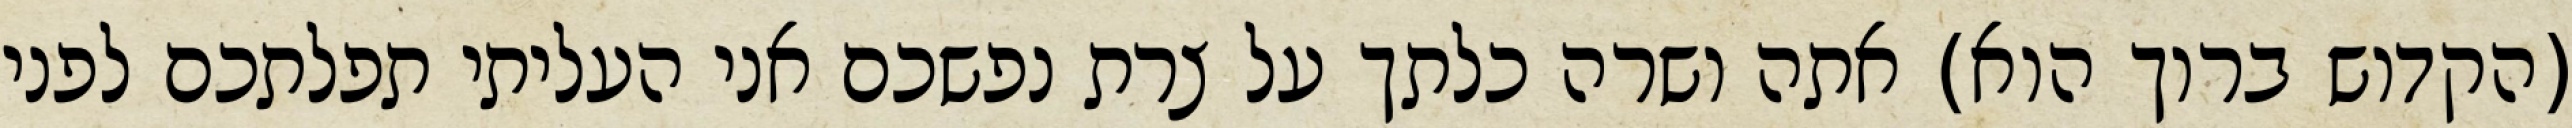
(הקדוש ברוך הוא) אתה ושרה כלתך על צרת נפשכם אני העליתי תפלתכם לפני